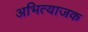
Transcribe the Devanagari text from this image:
अभित्याजक